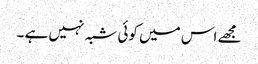
مجھے اس میں کوئی شبہ نہیں ہے ۔